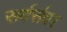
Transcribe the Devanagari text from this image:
सर्वर्सवर